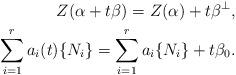
LaTeX: \begin{align*}Z(\alpha+t\beta)=Z(\alpha)+t\beta^{\bot},\\\sum_{i=1}^{r}a_i(t)\{N_i\}=\sum_{i=1}^{r}a_i\{N_i\}+t\beta_0.\end{align*}